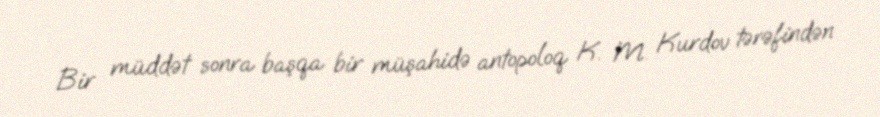
Bir müddət sonra başqa bir müşahidə antopoloq K. M. Kurdov tərəfindən